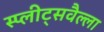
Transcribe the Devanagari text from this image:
स्प्लीट्सवैल्ला